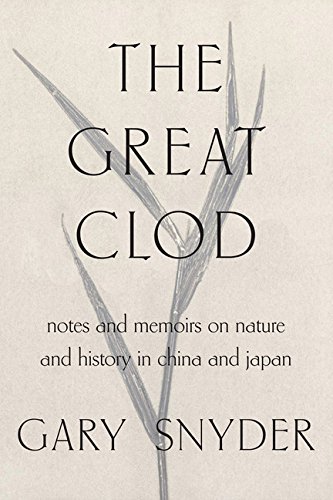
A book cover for The Great Clod: Notes and Memories on the Natural History of China and Japan; Gary Snyder; Science & Math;